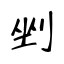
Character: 剉